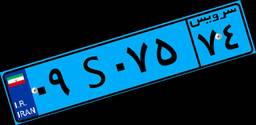
۲۹S۷۹۰۷۹